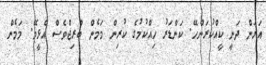
އަރަން ދަނީ ކީއްކުރަންހޭ. ކަންޑަރު ހިއްކުމުގެ ކުރިން މަމެން ބްރިޖްވެސް އެޅީމޭ. މަމެން